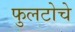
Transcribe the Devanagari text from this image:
फुलटोचे